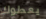
يعطوك